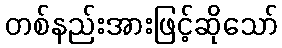
တစ်နည်းအားဖြင့်ဆိုသော်